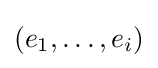
(e_{1},\dots ,e_{i})